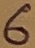
Text: 6